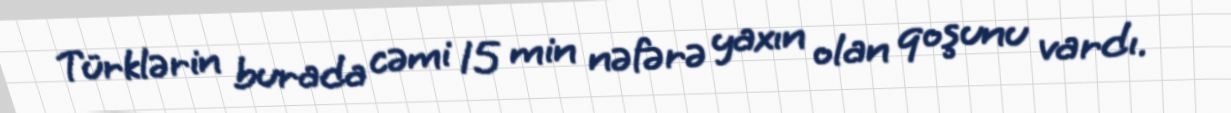
Türklərin burada cəmi 15 min nəfərə yaxın olan qoşunu vardı.